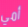
أمي